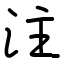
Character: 注